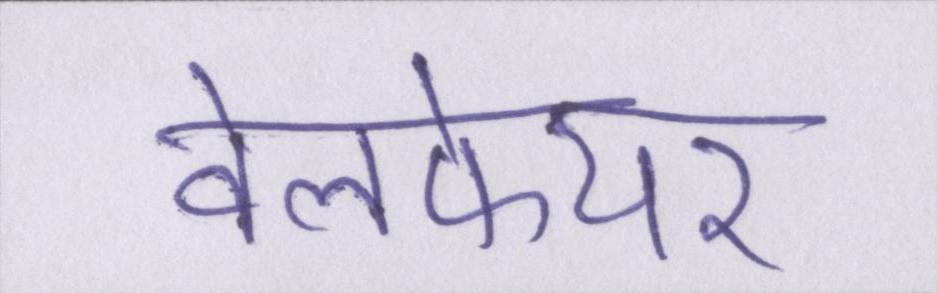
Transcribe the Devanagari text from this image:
वेलफेयर